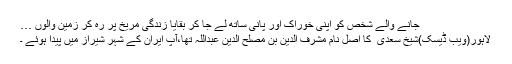
جانے والے شخص کو اپنی خوراک اور پانی ساتھ لے جا کر بقایا زندگی مریخ پر رہ کر زمین والوں …
لاہور(ویب ڈیسک)شیخ سعدی ؒ کا اصل نام مشرف الدین بن مصلح الدین عبداللہ تھا،آپ ایران کے شہر شیراز میں پیدا ہوئے ۔